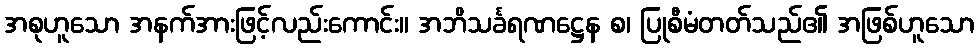
အစုဟူသော အနက်အားဖြင့်လည်းကောင်း။ အဘိသင်္ခရဏဋ္ဌေန စ၊ ပြုစီမံတတ်သည်၏ အဖြစ်ဟူသော